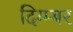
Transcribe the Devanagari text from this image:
दिग्म्बर